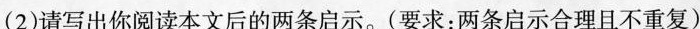
(2)请写出你阅读本文后的两条启示。(要求:两条启示合理日不重复)